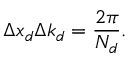
\Delta x _ { d } \Delta k _ { d } = \frac { 2 \pi } { N _ { d } } .